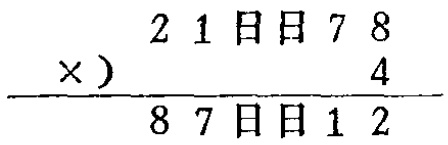
$

\begin{array}{r}

21\square\square78 \\

\times\ \ \ \ \ \ \ \ \ \ 4 \\

\hline

87\square\square12

\end{array}

$